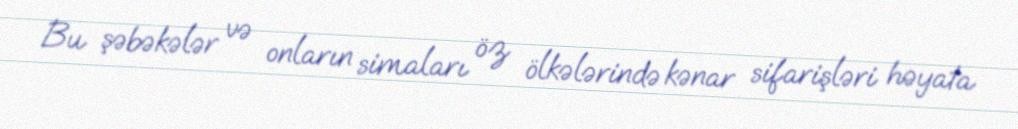
Bu şəbəkələr və onların simaları öz ölkələrində kənar sifarişləri həyata